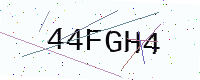
Text: 44FGH4